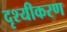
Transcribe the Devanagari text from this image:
दृश्यीकरण